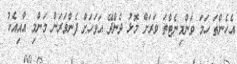
އެހެންތަ ހަމަ ވަންމިނެޓްތަ ވަރަށް މޮޅު ދެންދޭ އަވަހަށް ފެންވަރަން މަންމި އާއިއެކު